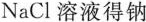
NaCl溶液得钠